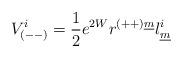
LaTeX: \begin{align*}V_{(--)}^i= {1 \over 2} e^{2W}r^{(++)\underline{m}}l^i_{\underline{m}}\end{align*}